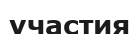
участия